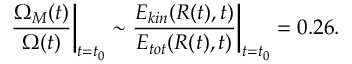
\frac { \Omega _ { M } ( t ) } { \Omega ( t ) } \bigg | _ { t = t _ { 0 } } \sim \frac { E _ { k i n } ( R ( t ) , t ) } { E _ { t o t } ( R ( t ) , t ) } \bigg | _ { t = t _ { 0 } } = 0 . 2 6 .